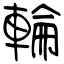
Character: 輪